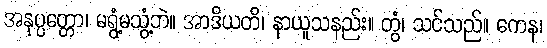
အနုပ္ပတ္တော၊ မရွံ့မသွံ့ဘဲ။ အာဒိယတိ၊ နာယူသနည်း။ တွံ၊ သင်သည်။ ကေန၊